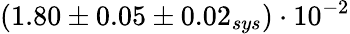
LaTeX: (1.80\pm 0.05\pm 0.02_{sys})\cdot 10^{-2}